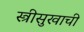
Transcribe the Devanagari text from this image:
स्त्रीसुखाची